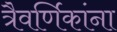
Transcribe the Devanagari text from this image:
त्रैवर्णिकांना